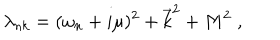
\lambda _ { n k } = ( \omega _ { n } + i \mu ) ^ { 2 } + \vec { k } ^ { 2 } + M ^ { 2 } \; ,